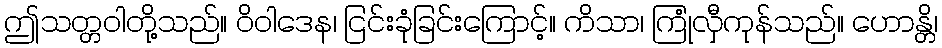
ဤသတ္တဝါတို့သည်။ ဝိဝါဒေန၊ ငြင်းခုံခြင်းကြောင့်။ ကိသာ၊ ကြုံလှီကုန်သည်။ ဟောန္တိ၊